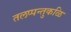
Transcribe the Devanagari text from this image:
तलप्पन्तुकळि